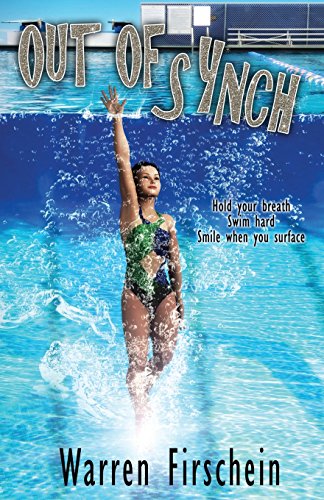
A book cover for Out of Synch; Warren Firschein; Children's Books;